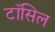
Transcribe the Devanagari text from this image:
टाँसिल